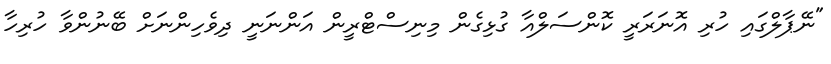
"ނޭޕާލްގައި ހުރި އޮނަރަރީ ކޮންސަލްއާ ގުޅިގެން މިނިސްޓްރީން އަންނަނީ ދިވެހިންނަށް ބޭނުންވާ ހުރިހާ